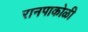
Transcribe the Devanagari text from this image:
रानपाकोळी